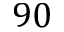
9 0